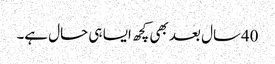
40سال بعد بھی کچھ ایسا ہی حال ہے۔